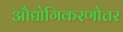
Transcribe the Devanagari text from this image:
औद्योगिकरणोत्तर